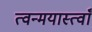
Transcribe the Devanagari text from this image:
त्वन्मयास्त्वाँ